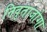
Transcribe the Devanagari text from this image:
निवृताजोगा